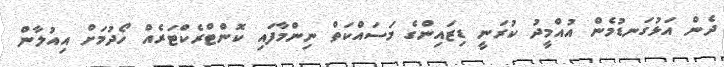
ދެން އަޅުގަނޑުމެން އުއްމީދު ކުރަނީ ޑިޒައިންގެ މަސައްކަތް ނިންމާފައި ކޮންޓްރެކްޓަރެއް ހޯދުމަށް އިއުލާން